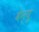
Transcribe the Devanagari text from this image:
वेन्यू